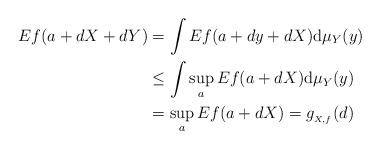
LaTeX: \begin{align*}\begin{aligned}E f(a+dX+dY)&=\int Ef(a+dy+dX)\mathrm{d}\mu_Y(y)\\&\leq \int \sup_a Ef(a+dX)\mathrm{d}\mu_Y(y)\\&=\sup_a Ef(a+dX)=g_{_{X,f}}(d)\end{aligned}\end{align*}